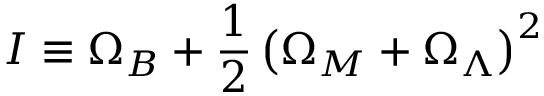
I \equiv \Omega _ { B } + \frac { 1 } { 2 } \left( \Omega _ { M } + \Omega _ { \Lambda } \right) ^ { 2 }